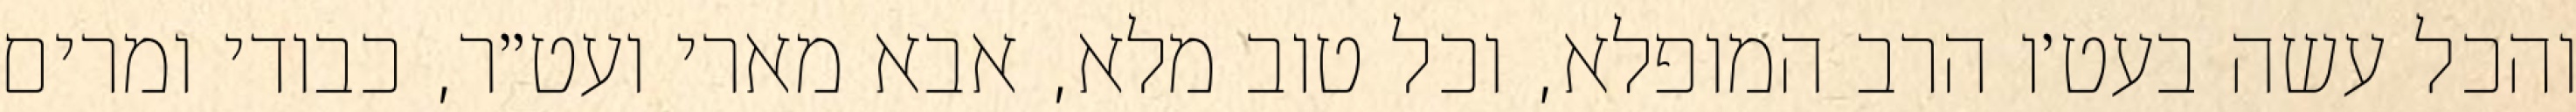
והכל עשה בעט׳ו הרב המופלא, וכל טוב מלא, אבא מארי ועט״ר, כבודי ומרים